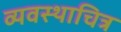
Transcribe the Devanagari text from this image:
व्यवस्थाचित्र